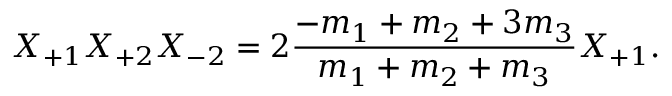
X _ { + 1 } X _ { + 2 } X _ { - 2 } = 2 \frac { - m _ { 1 } + m _ { 2 } + 3 m _ { 3 } } { m _ { 1 } + m _ { 2 } + m _ { 3 } } X _ { + 1 } .